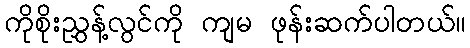
ကိုစိုးညွှန့်လွင်ကို ကျမ ဖုန်းဆက်ပါတယ်။